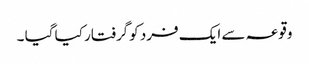
وقوعہ سے ایک فرد کوگرفتار کیا گیا ۔